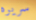
سريره